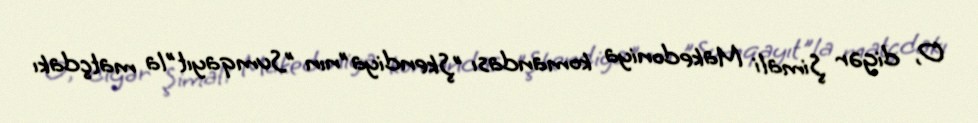
O, digər Şimali Makedoniya komandası "Şkendiya"nın "Sumqayıt"la matçdakı